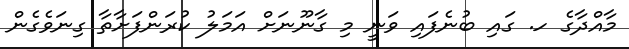
މާއްދާގެ ހ. ގައި ބުނެފައި ވަނީ މި ގާނޫނަށް އަމަލު ކުރަންފަށާތާ ގިނަވެގެން